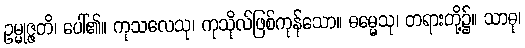
ဥမ္မုဇ္ဇတိ၊ ပေါ်၏။ ကုသလေသု၊ ကုသိုလ်ဖြစ်ကုန်သော။ ဓမ္မေသု၊ တရားတို့၌။ သာဓု၊